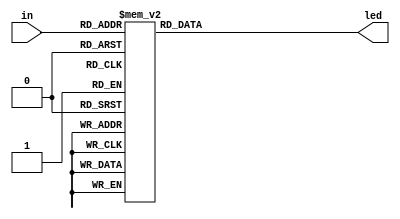
/*
 * Copyright (c) 2011-2012 Travis Geiselbrecht
 *
 * Permission is hereby granted, free of charge, to any person obtaining
 * a copy of this software and associated documentation files
 * (the "Software"), to deal in the Software without restriction,
 * including without limitation the rights to use, copy, modify, merge,
 * publish, distribute, sublicense, and/or sell copies of the Software,
 * and to permit persons to whom the Software is furnished to do so,
 * subject to the following conditions:
 *
 * The above copyright notice and this permission notice shall be
 * included in all copies or substantial portions of the Software.
 *
 * THE SOFTWARE IS PROVIDED "AS IS", WITHOUT WARRANTY OF ANY KIND,
 * EXPRESS OR IMPLIED, INCLUDING BUT NOT LIMITED TO THE WARRANTIES OF
 * MERCHANTABILITY, FITNESS FOR A PARTICULAR PURPOSE AND NONINFRINGEMENT.
 * IN NO EVENT SHALL THE AUTHORS OR COPYRIGHT HOLDERS BE LIABLE FOR ANY
 * CLAIM, DAMAGES OR OTHER LIABILITY, WHETHER IN AN ACTION OF CONTRACT,
 * TORT OR OTHERWISE, ARISING FROM, OUT OF OR IN CONNECTION WITH THE
 * SOFTWARE OR THE USE OR OTHER DEALINGS IN THE SOFTWARE.
 */
module seven_segment
(
    input [3:0] in,
    output reg [6:0] led
);

    always @ (in)
    begin
        case (in)
            0: led = 7'b1000000;
            1: led = 7'b1111001;
            2: led = 7'b0100100;
            3: led = 7'b0110000;
            4: led = 7'b0011001;
            5: led = 7'b0010010;
            6: led = 7'b0000010;
            7: led = 7'b1111000;
            8: led = 7'b0000000;
            9: led = 7'b0011000;
            10: led = 7'b0001000;
            11: led = 7'b0000011;
            12: led = 7'b1000110;
            13: led = 7'b0100001;
            14: led = 7'b0000110;
            15: led = 7'b0001110;
        endcase
    end
endmodule // led